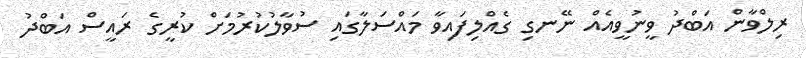
ރިލްވާން އަބްދު ވީނުވީއެއް ނޭނގި ގެއްލިފައިވާ މައްސަލާގައި ސުވާލުކުރުމަށް ކުރީގެ ރައީސް އަބްދު